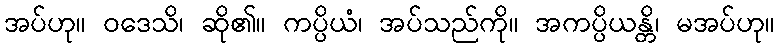
အပ်ဟု။ ဝဒေသိ၊ ဆို၏။ ကပ္ပိယံ၊ အပ်သည်ကို။ အကပ္ပိယန္တိ၊ မအပ်ဟု။